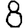
Digit: 8